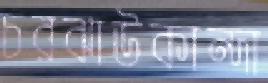
চরঝাউকান্দা